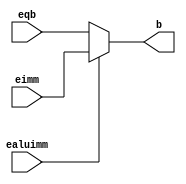
`timescale 1ns / 1ps

module ALUMux(
    input [31:0] eqb,
    input [31:0] eimm,
    input ealuimm,
    output [31:0] b
    );
    
    assign b = ealuimm?eimm:eqb;
endmodule